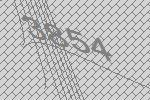
3854